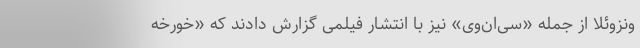
ونزوئلا از جمله «سی‌ان‌وی» نیز با انتشار فیلمی گزارش دادند که «خورخه